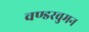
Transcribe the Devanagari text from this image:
वण्डरवुमन